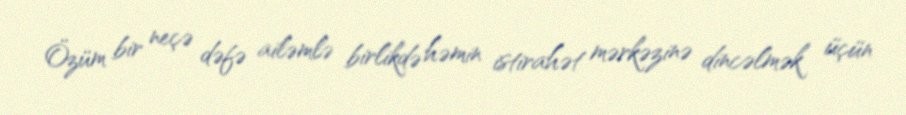
Özüm bir neçə dəfə ailəmlə birlikdə həmin istirahət mərkəzinə dincəlmək üçün